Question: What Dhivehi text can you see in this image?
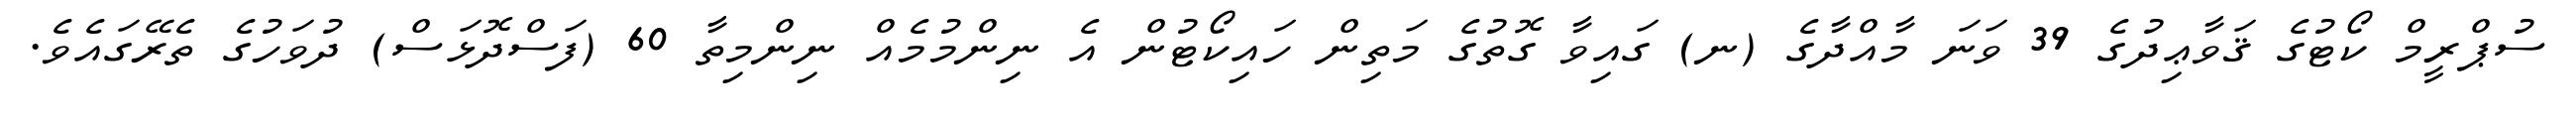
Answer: ސުޕްރީމް ކޯޓުގެ ޤަވާޢިދުގެ 39 ވަނަ މާއްދާގެ (ނ) ގައިވާ ގޮތުގެ މަތިން ހައިކޯޓުން އެ ނިންމުމެއް ނިންމިތާ 60 (ފަސްދޮޅަސް) ދުވަހުގެ ތެރޭގައެވެ.